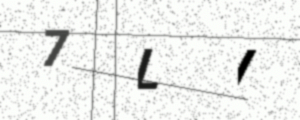
Text: 7LI